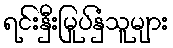
ရင်းနှီးမြုပ်နှံသူများ